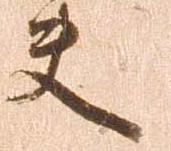
夫